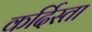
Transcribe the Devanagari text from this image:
कर्दिस्ता